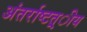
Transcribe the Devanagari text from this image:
अंतर्राष्‍टत्र्ीय